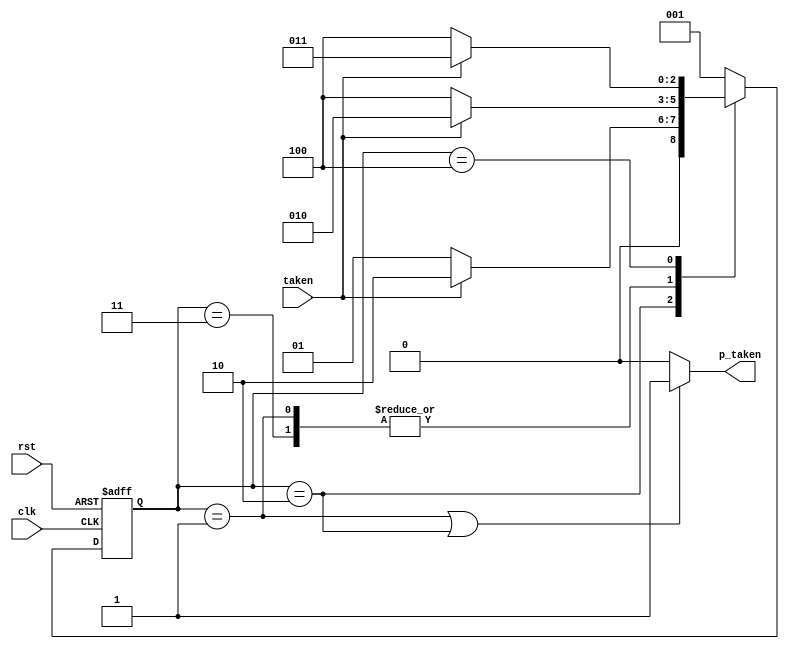
module branch_pred(clk, rst, taken,p_taken);

input       clk, rst;
input       taken;
output reg  p_taken;

reg [2:0] cs, ns;
parameter p0 = 3'd0, pt1 = 3'd1, pt2 = 3'd2, pnt1 = 3'd3, pnt2 = 3'd4;

//fsm
always @(posedge clk or posedge rst)
begin
    if(rst) begin
        cs <= p0;
	end
    else begin
        cs <= ns;
	end
end

always @(*)
begin
	case(cs)
	p0: begin
		ns = pt1;
	end
	pt1: begin
		ns = taken ? pt2 : pnt2;
	end
	pt2: begin
		ns = taken ? pt2 : pt1;
	end
	pnt1: begin
		ns = taken ? pt2 : pnt2;
	end
	pnt2: begin
		ns = taken ? pnt1 : pnt2;
	end
	default: begin
		ns = pt1;
	end
	endcase
end

always @(*)
begin
    if(cs == pt1 || cs == pt2)
		p_taken = 1'd1;
	else
		p_taken = 1'd0;
end

endmodule